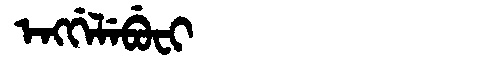
Manchu: ᡝᠩᡤᡝᠯᡝᠪᡠᠸᡳ
Romanization: ENGGELEBUFI